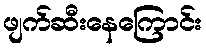
ဖျက်ဆီးနေကြောင်း